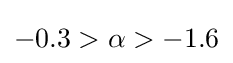
-0.3>{\alpha }>-1.6